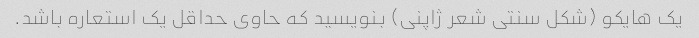
یک هایکو (شکل سنتی شعر ژاپنی) بنویسید که حاوی حداقل یک استعاره باشد.